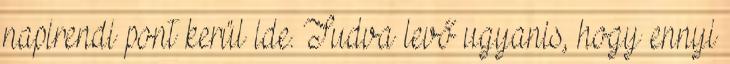
napirendi pont kerül ide. Tudva levő ugyanis, hogy ennyi